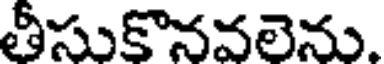
తీసుకొనవలెను.